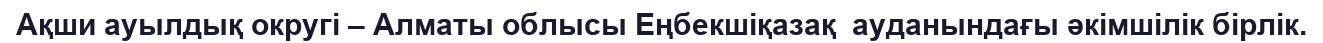
Ақши ауылдық округі – Алматы облысы Еңбекшіқазақ  ауданындағы әкімшілік бірлік.